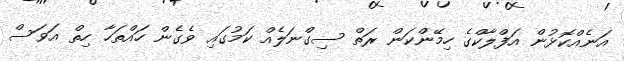
އަނެއްކޮޅުން އަފްލާކްގެ ހިމޭންކަން ރަތް ސިގްނަލެއް ކަމުގައި ވެގެން ހައްތަހާ ހިތް އަވަސް